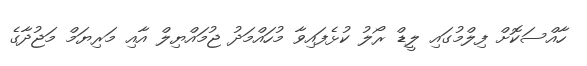
ހާއްސަކޮށް ފިލްމުގައި ލީޑް ރޯލު ކުޅެފައިވާ މުހައްމަދު ޖުމައްޔިލް އާއި މަރިޔަމް މަޖުދާގެ